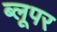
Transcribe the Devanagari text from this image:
ब्लूपर